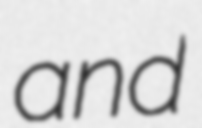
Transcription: and